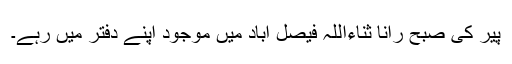
پیر کی صبح رانا ثناءاللہ فیصل آباد میں موجود اپنے دفتر میں رہے۔